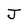
Character: J